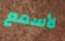
لأسمع